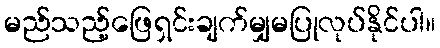
မည်သည့်ဖြေရှင်းချက်မျှမပြုလုပ်နိုင်ပါ။